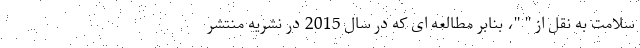
سلامت به نقل از " "، بنابر مطالعه ای که در سال 2015 در نشریه منتشر